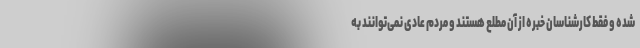
شده و فقط کارشناسان خبره از آن مطلع هستند و مردم عادی نمی‌توانند به